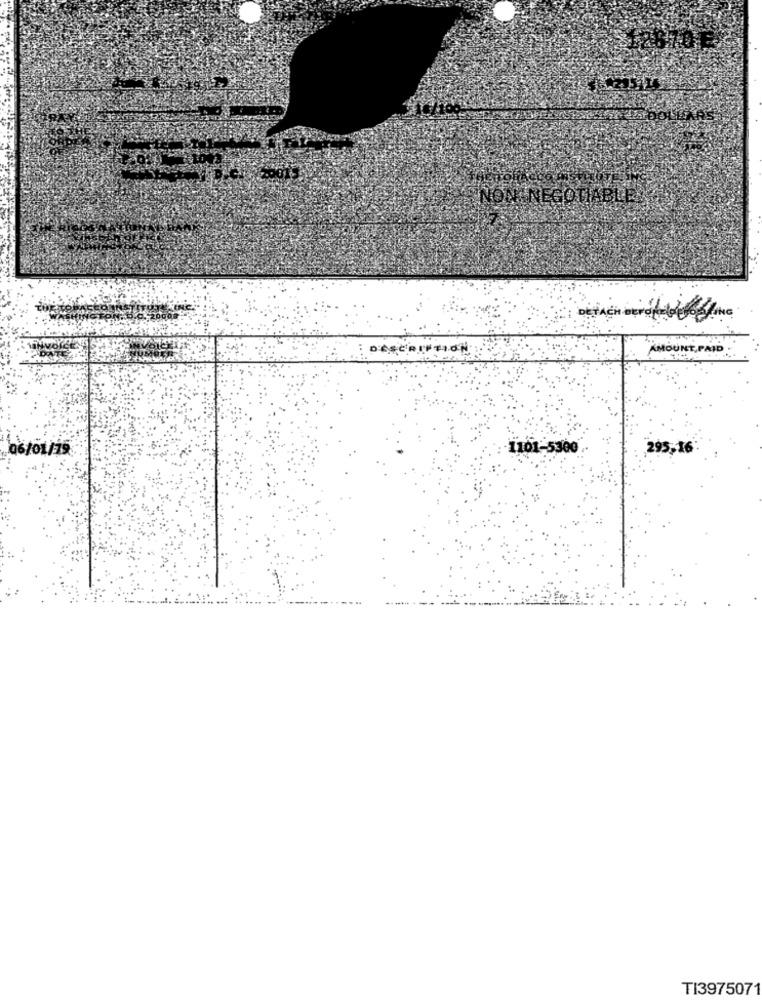
AMOUNT PAID
06/01/79
1101-5300
295,16
TI3975071